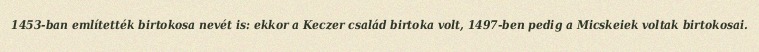
1453-ban említették birtokosa nevét is: ekkor a Keczer család birtoka volt, 1497-ben pedig a Micskeiek voltak birtokosai.